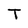
Character: T